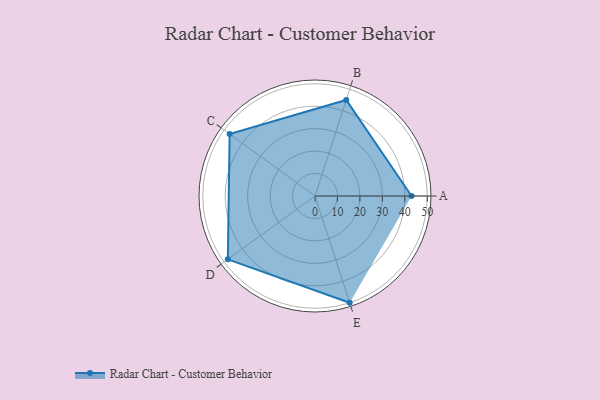
{"axis": {"x": "Skill", "y": "Score"}, "legend": ["Profile"], "data": [{"x": "A", "y": 43.0, "type": "Profile"}, {"x": "B", "y": 45.0, "type": "Profile"}, {"x": "C", "y": 47.0, "type": "Profile"}, {"x": "D", "y": 48.0, "type": "Profile"}, {"x": "E", "y": 50.0, "type": "Profile"}]}